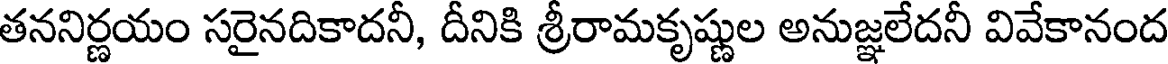
తననిర్ణయం సరైనదికాదనీ, దీనికి శ్రీరామకృష్ణుల అనుజ్ఞలేదనీ వివేకానంద